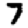
Digit: 7